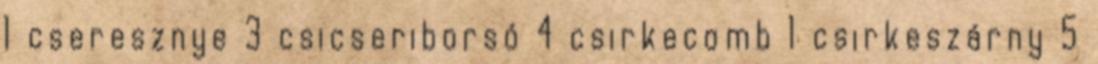
1 cseresznye 3 csicseriborsó 4 csirkecomb 1 csirkeszárny 5